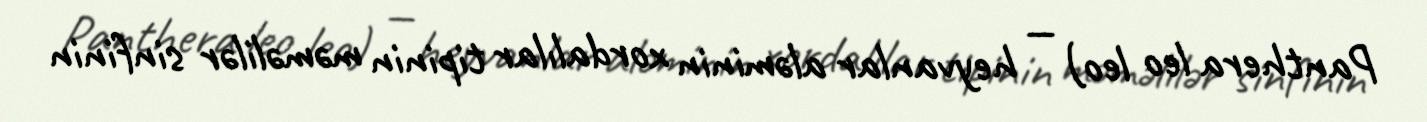
Panthera leo leo) — heyvanlar aləminin xordalılar tipinin məməlilər sinfinin